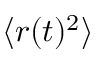
\langle r ( t ) ^ { 2 } \rangle